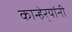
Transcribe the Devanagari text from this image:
कान्हेर्‍यांनी